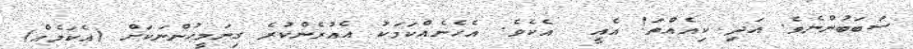
ސަބަބުންނެވެ. އަދި ކިއެއްތަ! އެއީ  އެކެވެ. އެހެނެއްކަމަކު އެއުރެންކުރެ ގިނަމީހުންނަކަށް (އެކަމެއް)